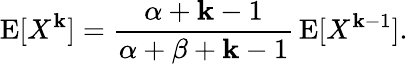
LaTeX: \operatorname{E}[X^{\mathbf{k}}]={\frac{{\alpha+\mathbf{k}-1}}{{\alpha+\beta+\mathbf{k}-1}}}\operatorname{E}[X^{\mathbf{k}-1}].